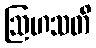
ဩဟသတိ